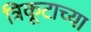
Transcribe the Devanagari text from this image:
त्रिकूटाच्या